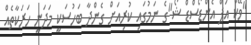
"ވޭކް އަޕް އެންޑޯސްޑް ޝޯ"ގެ ނަމުގައި ކުރިއަށް ގެންދާ ބަހުސަކީ މަދަނީ ހަރަކާތެއް